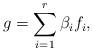
LaTeX: \begin{align*}g=\sum_{i=1}^r \beta_i f_i,\end{align*}